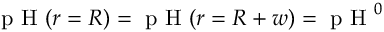
\textrm { p H } ( r = R ) = \textrm { p H } ( r = R + w ) = \textrm { p H } ^ { 0 }